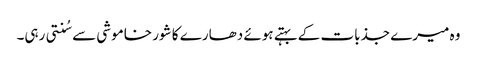
وہ میرے جذبات کے بہتے ہوئے دھارے کا شور خاموشی سے سُنتی رہی۔